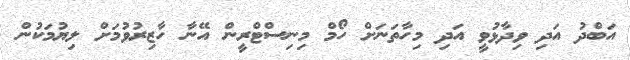
އަބްދު އަދި ވިދާޅުވީ އަދި މިހާތަނަށް ހޯމް މިނިސްޓްރީން އޭނާ ހާޒިރުވުމަށް ލިޔުމަކުން